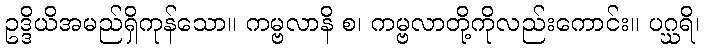
ဥဒ္ဒိယိအမည်ရှိကုန်သော။ ကမ္ဗလာနိ စ၊ ကမ္ဗလာတို့ကိုလည်းကောင်း။ ပဂ္ဃရိ၊